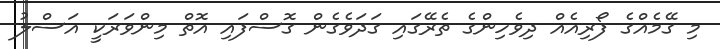
މި ގޭމެއްގެ ފޯރިއެއް ދިވެހިންގެ ތެރޭގައި ގަދަވެގެން ގޮސްފައި އޮތް މިންވަރަކީ އަސްލު